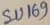
Text: SU169